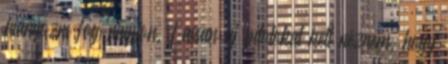
hiányozni fog nagyon. Lassan új pilotokat kell néznem, hogy